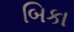
બિકા